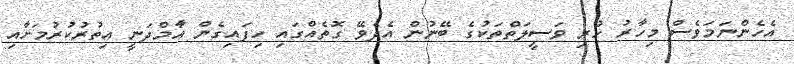
އެހެންނަމަވެސް މިހާރު ހުރި ވަސީލަތްތަކުގެ ބޭނުން އެދެވޭ ގޮތެއްގައި ހިފައިގެން އާމްދަނީ އިތުރުކުރުމަށާއި